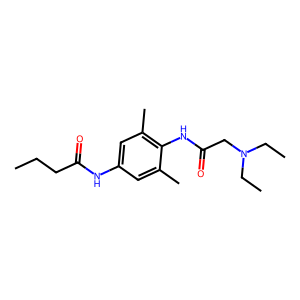
SMILES: CCCC(=O)Nc1cc(C)c(NC(=O)CN(CC)CC)c(C)c1
Inhibits HIV replication: No